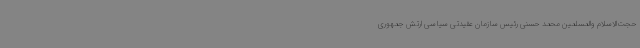
حجت‌الاسلام والمسلمین محمد حسنی رئیس سازمان عقیدتی سیاسی ارتش جمهوری